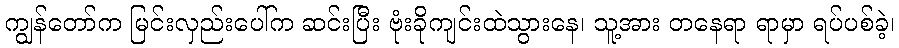
ကျွန်တော်က မြင်းလှည်းပေါ်က ဆင်းပြီး ဗုံးခိုကျင်းထဲသွားနေ၊ သူ့အား တနေရာ ရာမှာ ရပ်ပစ်ခဲ့၊